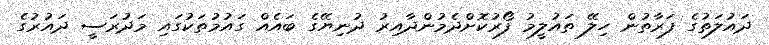
ދައުލަތުގެ ފަރާތުން ހިލޭ ތައުލީމު ފޯރުކޮށްދެމުންދާއިރު ދުނިޔޭގެ ބައެއް ގައުމުތަކުގައި މަދުރަސީ ދައުރުގެ